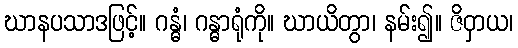
ဃာနပသာဒဖြင့်။ ဂန္ဓံ၊ ဂန္ဓာရုံကို။ ဃာယိတွာ၊ နမ်း၍။ ဇိဝှာယ၊